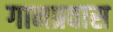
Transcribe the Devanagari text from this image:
गानप्रवास